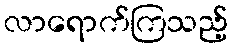
လာရောက်ကြသည့်